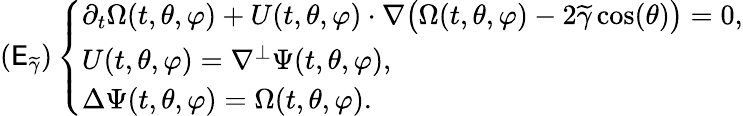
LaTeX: (\mathsf{E}_{\widetilde{{\gamma}}})\left\{ \begin{array}{ll}{\partial_{t}\Omega(t,\theta,\varphi)+U(t,\theta,\varphi)\cdot\nabla\big(\Omega(t,\theta,\varphi)-2\widetilde{\gamma}\cos(\theta)\big)=0,}\\ {U(t,\theta,\varphi)=\nabla^{\perp}\Psi(t,\theta,\varphi),}\\ {\Delta\Psi(t,\theta,\varphi)=\Omega(t,\theta,\varphi).}\end{array}\right.